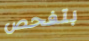
بتفحص